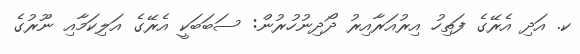
ކ. އަދި އެރޭގެ ފަތިހު އިރުއަރާއިރު ދޯދިނުހުރުން: ސަބަބަކީ އެރޭގެ އަލިކަމާއި ނޫރުގެ